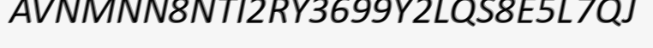
AVNMNN8NTI2RY3699Y2LQS8E5L7QJ